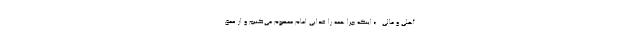
أهْلی وَ مالی...» اینکه چرا همه را فدایی امام معصوم می‌کنیم و از عمق